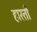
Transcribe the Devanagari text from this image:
हारती